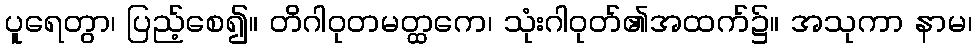
ပူရေတွာ၊ ပြည့်စေ၍။ တိဂါဝုတမတ္ထကေ၊ သုံးဂါဝုတ်၏အထက်၌။ အသုကာ နာမ၊